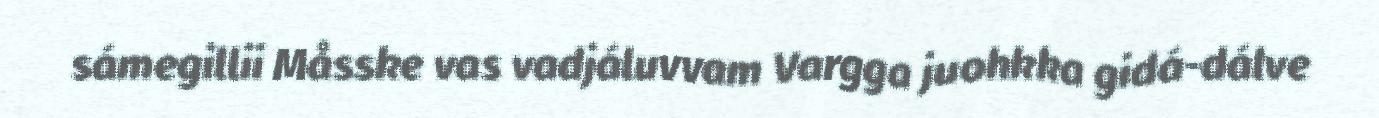
sámegillii Måsske vas vadjáluvvam Vargga juohkka gidá-dálve